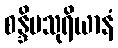
စန္ဒိမသုရိယာနံ